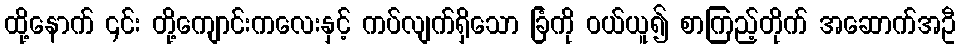
ထို့နောက် ၎င်း တို့ကျောင်းကလေးနှင့် ကပ်လျက်ရှိသော ခြံကို ဝယ်ယူ၍ စာကြည့်တိုက် အဆောက်အဦ